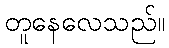
တူနေလေသည်။